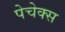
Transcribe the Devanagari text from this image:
पेचेक्स